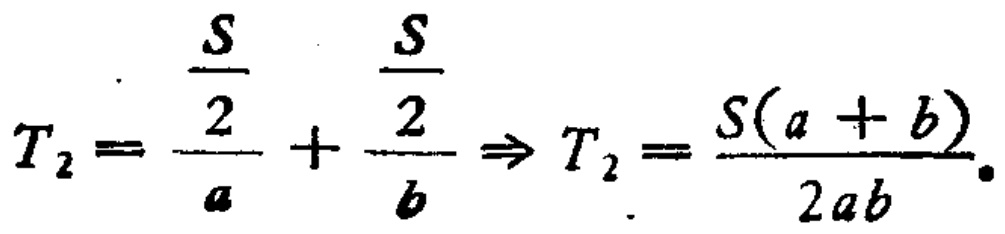
\[

T_{2}=\frac{\frac{S}{2}}{a}+\frac{\frac{S}{2}}{b} \Rightarrow T_{2}=\frac{S(a + b)}{2ab}.

\]